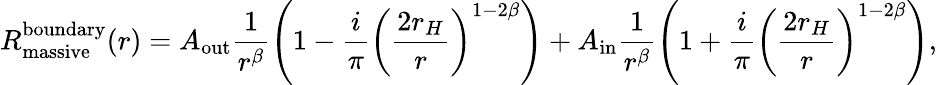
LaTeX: R_{\mathrm{massive}}^{\mathrm{boundary}}(r)=A_{\mathrm{out}}\frac{1}{r^{\beta}}\left(1-\frac{i}{\pi}\left(\frac{2r_{H}}{r}\right)^{1-2\beta}\right)+A_{\mathrm{in}}\frac{1}{r^{\beta}}\left(1+\frac{i}{\pi}\left(\frac{2r_{H}}{r}\right)^{1-2\beta}\right),